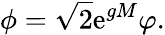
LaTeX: \phi=\sqrt{2}\mathrm{e}^{gM}\varphi.